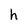
Character: h